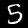
Digit: 5